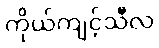
ကိုယ်ကျင့်သီလ